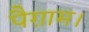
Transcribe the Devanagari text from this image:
पैग़ाम।